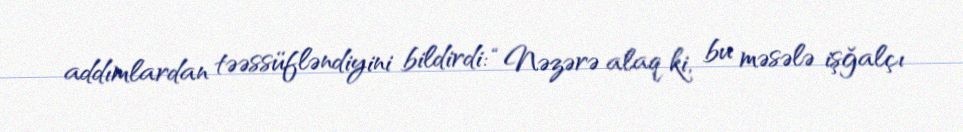
addımlardan təəssüfləndiyini bildirdi: “Nəzərə alaq ki, bu məsələ işğalçı